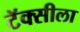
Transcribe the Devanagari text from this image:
टॅक्सीला